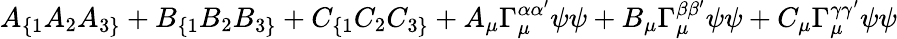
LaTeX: A_{\{ 1}A_{2}A_{3\} }+B_{\{ 1}B_{2}B_{3\} }+C_{\{ 1}C_{2}C_{3\} }+A_{\mu}\Gamma_{\mu}^{\alpha\alpha^{\prime}}\psi\psi+B_{\mu}\Gamma_{\mu}^{\beta\beta^{\prime}}\psi\psi+C_{\mu}\Gamma_{\mu}^{\gamma\gamma^{\prime}}\psi\psi